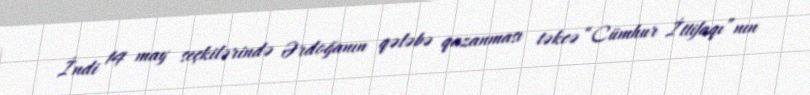
İndi 14 may seçkilərində Ərdoğanın qələbə qazanması təkcə “Cümhur İttifaqı”nın